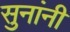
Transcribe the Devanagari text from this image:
सुनांनी